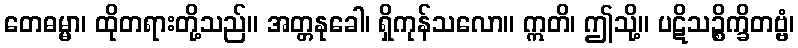
တေဓမ္မာ၊ ထိုတရားတို့သည်။ အတ္တနုခေါ၊ ရှိကုန်သလော။ ဣတိ၊ ဤသို့။ ပဋိသဉ္စိက္ခိတဗ္ဗံ၊